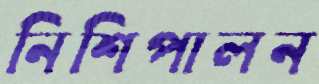
নিশিপালন